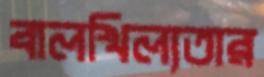
বালখিল্যতার